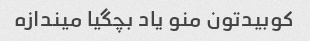
کوبیدتون منو یاد بچگیا میندازه